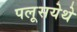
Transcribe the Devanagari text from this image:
पलूसयेथे